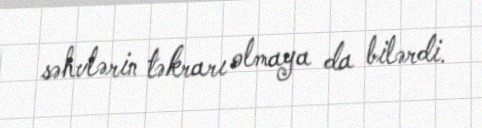
səhvlərin təkrarı olmaya da bilərdi.